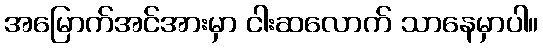
အမြောက်အင်အားမှာ ငါးဆလောက် သာနေမှာပါ။